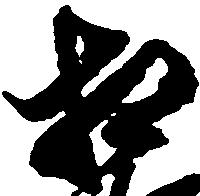
相